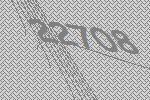
22708